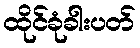
ထိုင်ခုံခါးပတ်